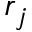
r _ { j }